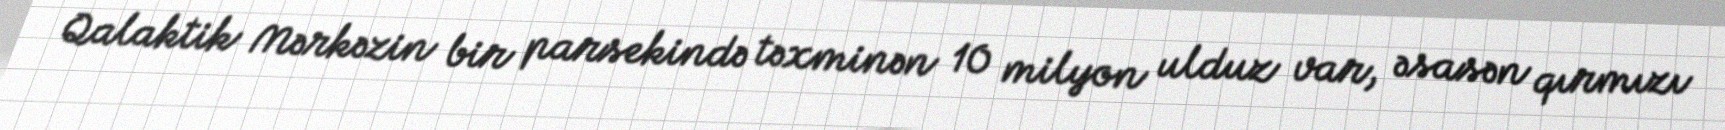
Qalaktik Mərkəzin bir parsekində təxminən 10 milyon ulduz var, əsasən qırmızı